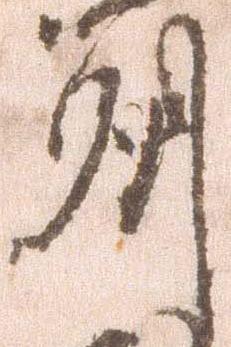
州